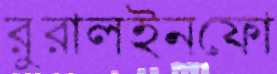
রুরালইনফো